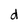
Character: d